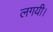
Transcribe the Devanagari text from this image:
लगयी।